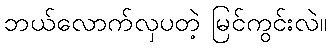
ဘယ်လောက်လှပတဲ့ မြင်ကွင်းလဲ။